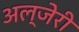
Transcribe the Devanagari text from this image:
अल्जेरी